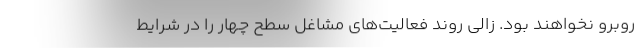
روبرو نخواهند بود. زالی روند فعالیت‌های مشاغل سطح چهار را در شرایط